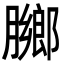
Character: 膷